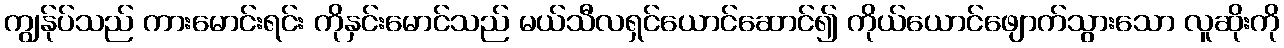
ကျွန်ုပ်သည် ကားမောင်းရင်း ကိုနှင်းမောင်သည် မယ်သီလရှင်ယောင်ဆောင်၍ ကိုယ်ယောင်ဖျောက်သွားသော လူဆိုးကို